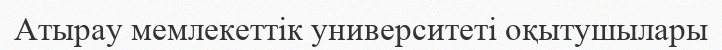
Атырау мемлекеттік университеті оқытушылары